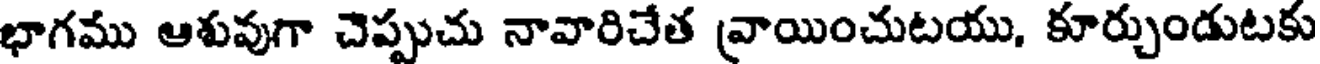
భాగము ఆశువుగా చెప్పుచు నావారిచేత వ్రాయించుటయు, కూర్చుండుటకు